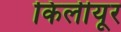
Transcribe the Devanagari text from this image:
किलीयूर